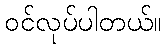
ဝင်လုပ်ပါတယ်။